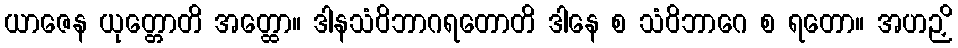
ယာဇေန ယုတ္တောတိ အတ္ထော။ ဒါနသံဝိဘာဂရတောတိ ဒါနေ စ သံဝိဘာဂေ စ ရတော။ အဟဉှိ